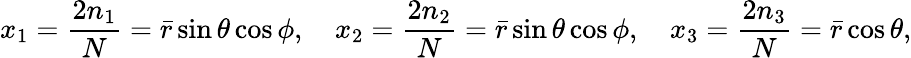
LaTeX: x_{1}=\frac{2n_{1}}{N}=\bar{r}\sin\theta\cos\phi,\quad x_{2}=\frac{2n_{2}}{N}=\bar{r}\sin\theta\cos\phi,\quad x_{3}=\frac{2n_{3}}{N}=\bar{r}\cos\theta,